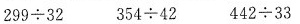
$$299{\div} 32$$ $$354{\div} 42$$ $$42{\div} 33$$